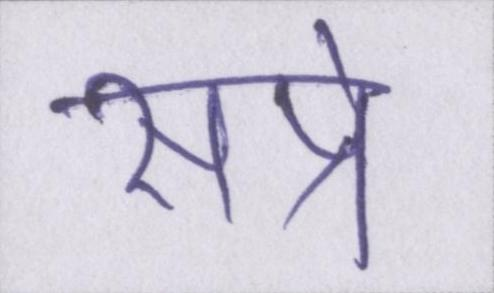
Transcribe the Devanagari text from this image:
सप्रे